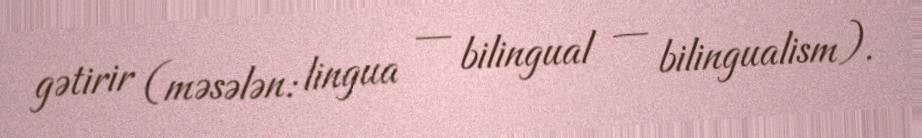
gətirir (məsələn: lingua — bilingual — bilingualism).